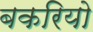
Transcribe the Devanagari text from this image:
बकरियो